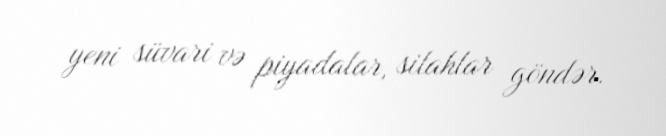
yeni süvari və piyadalar, silahlar göndər.